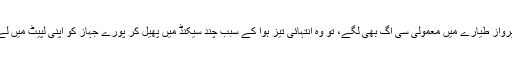
جب محو پرواز طیارے میں معمولی سی آگ بھی لگے، تو وہ انتہائی تیز ہوا کے سبب چند سیکنڈ میں پھیل کر پورے جہاز کو اپنی لپیٹ میں لے لیتی ہے۔